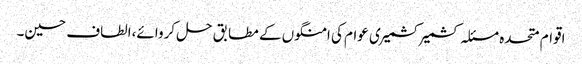
اقوام متحدہ مسئلہ کشمیر کشمیری عوام کی امنگوں کے مطابق حل کروائے،الطاف حسین۔